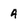
Character: 4